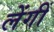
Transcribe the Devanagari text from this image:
लेंगीं